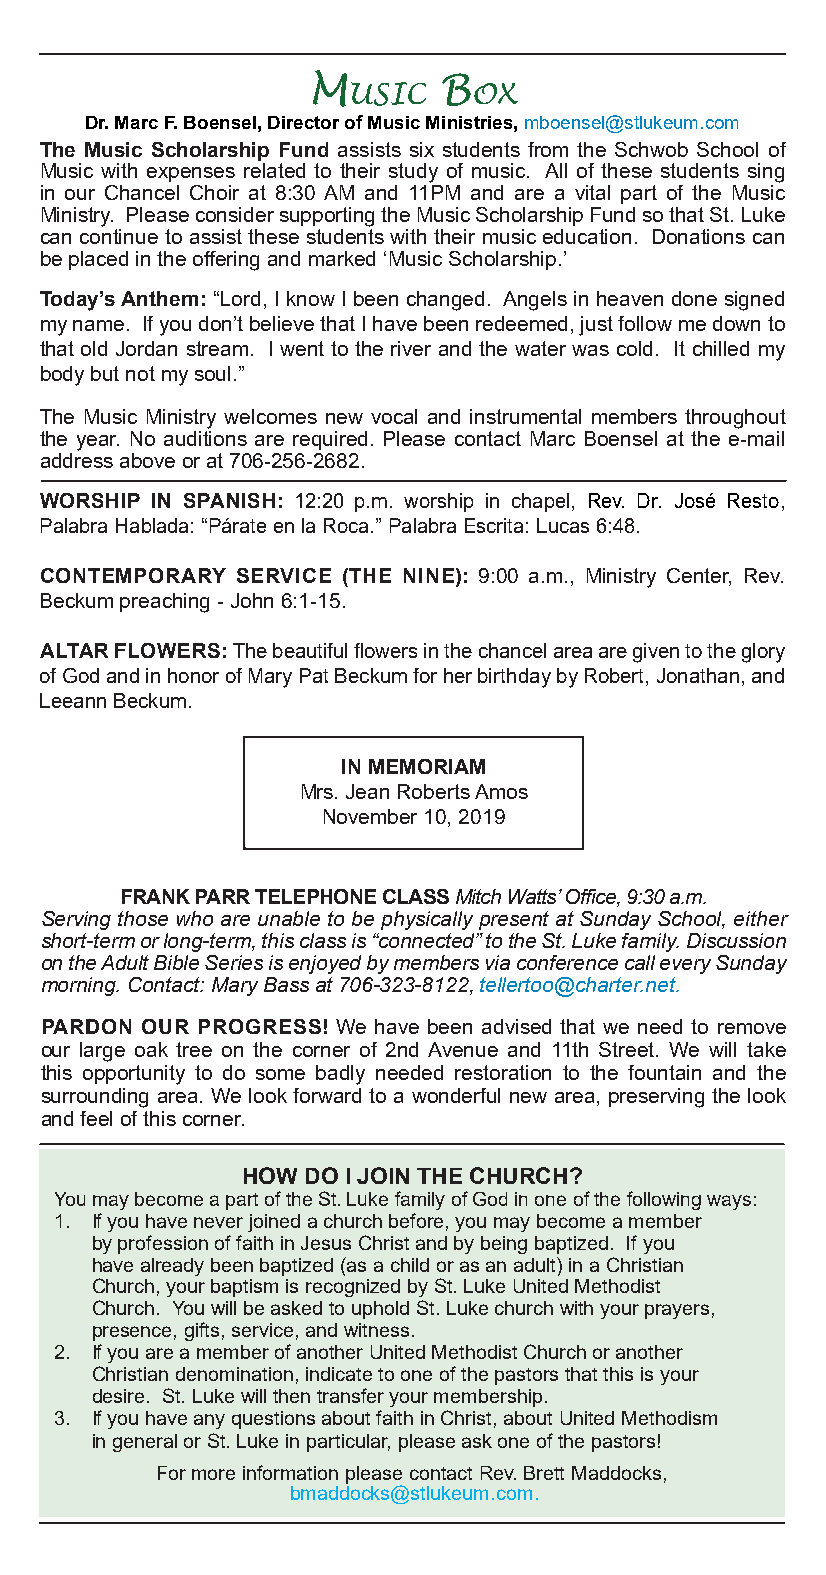
M        B
 usic    ox
 Dr. Marc F. Boensel, Director of Music Ministries, mboensel@stlukeum.com
 The Music Scholarship Fund assists six students from the Schwob School of
 Music with expenses related to their study of music. All of these students sing
 in our Chancel Choir at 8:30 AM and 11PM and are a vital part of the Music
 Ministry. Please consider supporting the Music Scholarship Fund so that St. Luke
 can continue to assist these students with their music education. Donations can
 be placed in the offering and marked ‘Music Scholarship.’
 Today’s Anthem: “Lord, I know I been changed. Angels in heaven done signed
 my name. If you don’t believe that I have been redeemed, just follow me down to
 that old Jordan stream. I went to the river and the water was cold. It chilled my
 body but not my soul.”
 The Music Ministry welcomes new vocal and instrumental members throughout
 the year. No auditions are required. Please contact Marc Boensel at the e-mail
 address above or at 706-256-2682.
 WORSHIP IN SPANISH: 12:20 p.m. worship in chapel, Rev. Dr. José Resto,
 Palabra Hablada: “Párate en la Roca.” Palabra Escrita: Lucas 6:48.
 CONTEMPORARY SERVICE (THE NINE): 9:00 a.m., Ministry Center, Rev.
 Beckum preaching - John 6:1-15.
 ALTAR FLOWERS: The beautiful flowers in the chancel area are given to the glory
 of God and in honor of Mary Pat Beckum for her birthday by Robert, Jonathan, and
 Leeann Beckum.
 IN MEMORIAM
 Mrs. Jean Roberts Amos
 November 10, 2019
 FRANK PARR TELEPHONE CLASS Mitch Watts’ Office, 9:30 a.m.
 Serving those who are unable to be physically present at Sunday School, either
 short-term or long-term, this class is “connected” to the St. Luke family. Discussion
 on the Adult Bible Series is enjoyed by members via conference call every Sunday
 morning. Contact: Mary Bass at 706-323-8122, tellertoo@charter.net.
 PARDON OUR PROGRESS! We have been advised that we need to remove
 our large oak tree on the corner of 2nd Avenue and 11th Street. We will take
 this opportunity to do some badly needed restoration to the fountain and the
 surrounding area. We look forward to a wonderful new area, preserving the look
 and feel of this corner.
 HOW DO I JOIN THE CHURCH?
 You may become a part of the St. Luke family of God in one of the following ways:
 1. If you have never joined a church before, you may become a member
 by profession of faith in Jesus Christ and by being baptized. If you
 have already been baptized (as a child or as an adult) in a Christian
 Church, your baptism is recognized by St. Luke United Methodist
 Church. You will be asked to uphold St. Luke church with your prayers,
 presence, gifts, service, and witness.
 2. If you are a member of another United Methodist Church or another
 Christian denomination, indicate to one of the pastors that this is your
 desire. St. Luke will then transfer your membership.
 3. If you have any questions about faith in Christ, about United Methodism
 in general or St. Luke in particular, please ask one of the pastors!
 For more information please contact Rev. Brett Maddocks,
 bmaddocks@stlukeum.com.